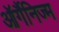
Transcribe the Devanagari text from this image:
ऑर्गैनिज्म